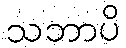
သဘာပိ